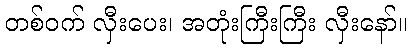
တစ်ဝက် လှီးပေး၊ အတုံးကြီးကြီး လှီးနော်။